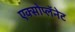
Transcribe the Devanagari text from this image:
एक्सोप्लॅनेट